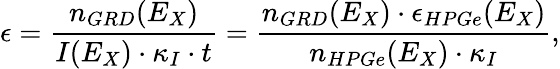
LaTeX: \epsilon=\frac{n_{GRD}(E_{X})}{I(E_{X})\cdot\kappa_{I}\cdot t}=\frac{n_{GRD}(E_{X})\cdot\epsilon_{HPGe}(E_{X})}{n_{HPGe}(E_{X})\cdot\kappa_{I}},